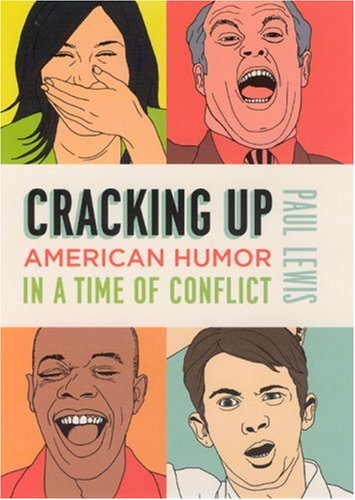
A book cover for Cracking Up: American Humor in a Time of Conflict; Paul Lewis; Humor & Entertainment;